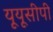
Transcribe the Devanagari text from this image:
यूयूसीपी